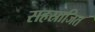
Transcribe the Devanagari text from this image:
सहस्राजित